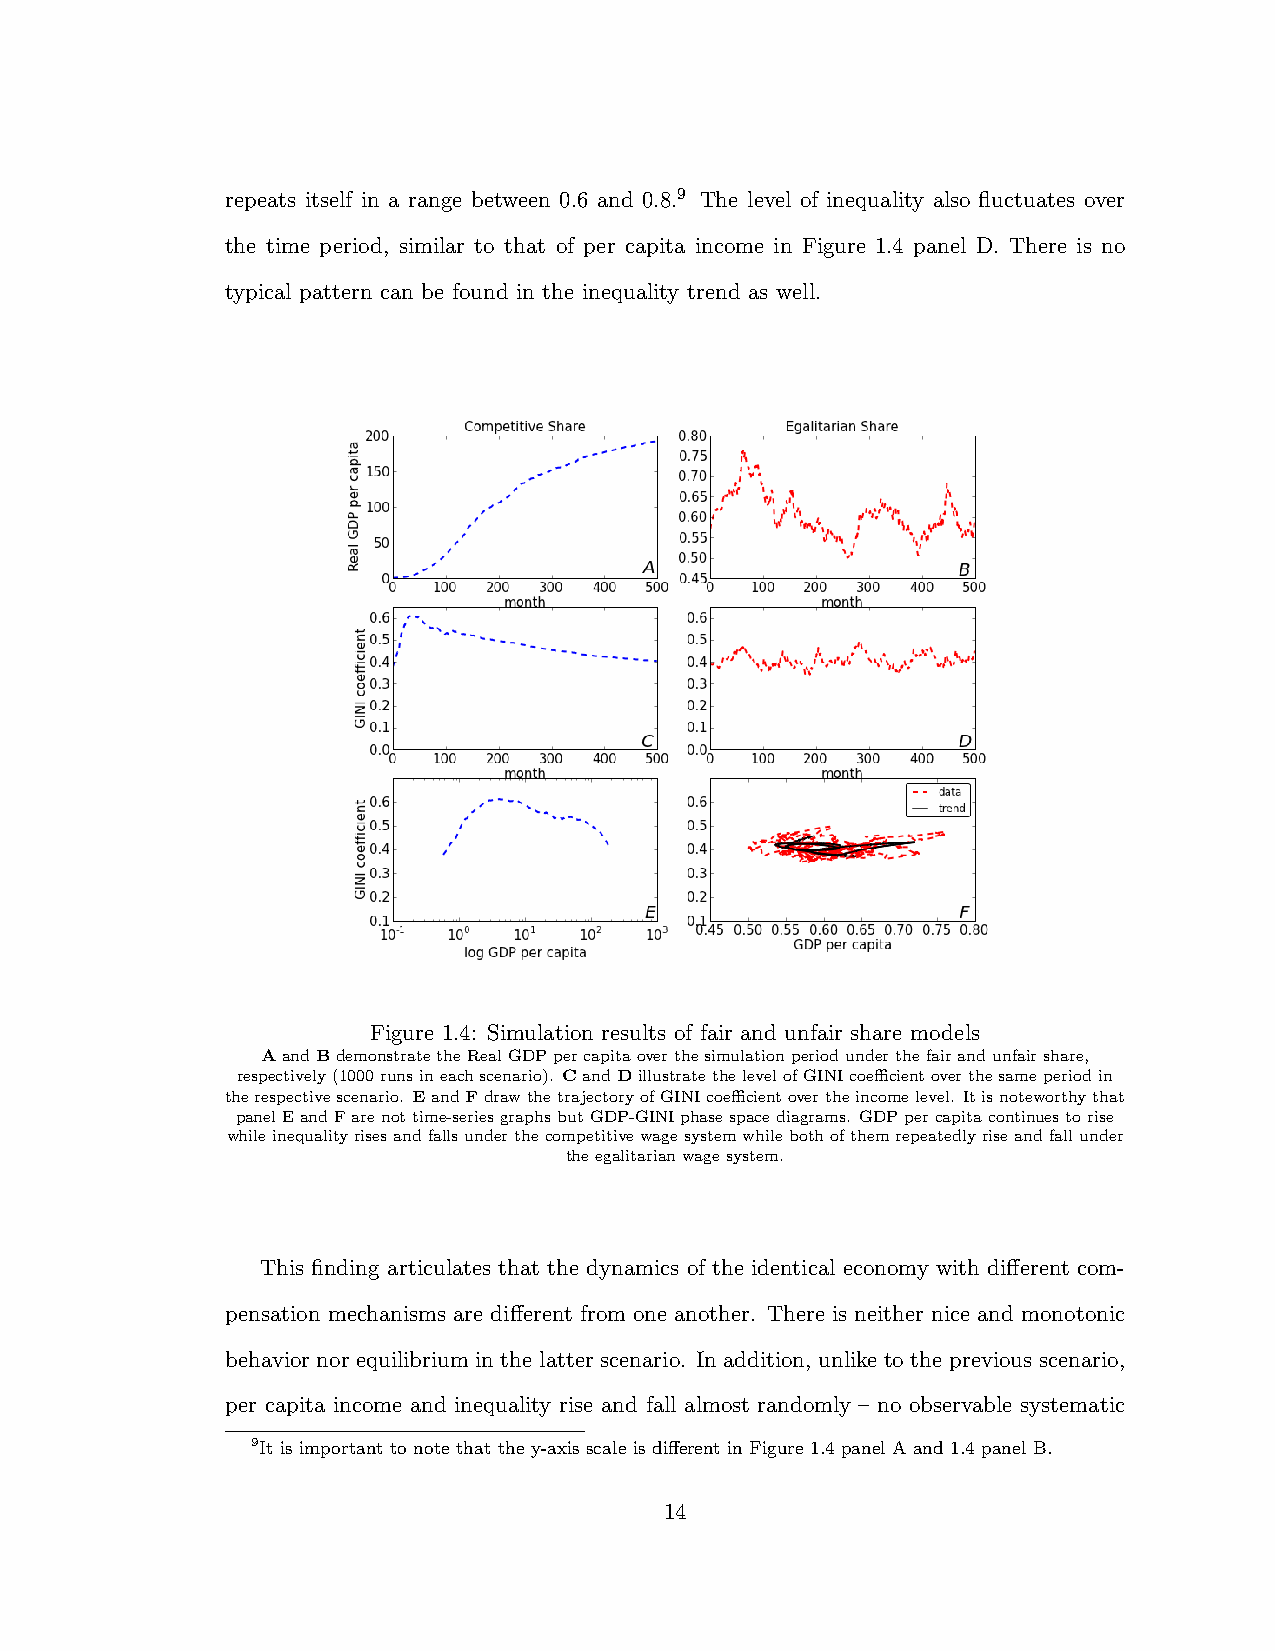
repeats itself in a range between 0.6 and 0.8.9 The level of inequality also fluctuates over
 the time period, similar to that of per capita income in Figure 1.4 panel D. There is no
 typical pattern can be found in the inequality trend as well.
 Figure 1.4: Simulation results of fair and unfair share models
 AandBdemonstratetheRealGDPpercapitaoverthesimulationperiodunderthefairandunfairshare,
 respectively(1000runsineachscenario). CandDillustratethelevelofGINIcoecientoverthesameperiodin
 therespectivescenario. EandFdrawthetrajectoryofGINIcoecientovertheincomelevel. Itisnoteworthythat
 panelEandFarenottime-seriesgraphsbutGDP-GINIphasespacediagrams. GDPpercapitacontinuestorise
 whileinequalityrisesandfallsunderthecompetitivewagesystemwhilebothofthemrepeatedlyriseandfallunder
 theegalitarianwagesystem.
 This finding articulates that the dynamics of the identical economy with di↵erent com-
 pensation mechanisms are di↵erent from one another. There is neither nice and monotonic
 behavior nor equilibrium in the latter scenario. In addition, unlike to the previous scenario,
 per capita income and inequality rise and fall almost randomly – no observable systematic
 9It is important to note that the y-axis scale is di↵erent in Figure 1.4 panel A and 1.4 panel B.
 14